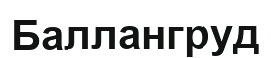
Баллангруд